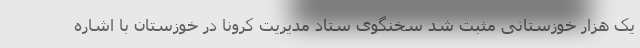
یک هزار خوزستانی مثبت شد سخنگوی ستاد مدیریت کرونا در خوزستان با اشاره